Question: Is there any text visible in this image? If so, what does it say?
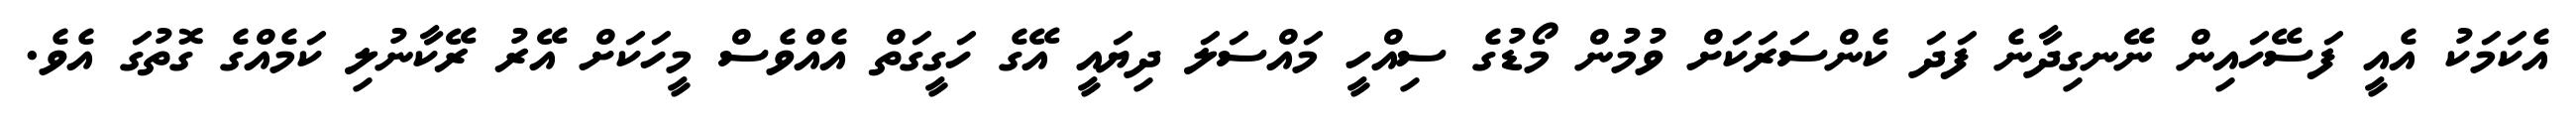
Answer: އެކަމަކު އެއީ ފަސޭހައިން ނޭނގިދާނެ ފަދަ ކެންސަރަކަށް ވުމުން މޯޑުގެ ސިއްހީ މައްސަލަ ދިޔައީ އޭގެ ހަގީގަތް އެއްވެސް މީހަކަށް އޭރު ރޭކާނުލި ކަމެއްގެ ގޮތުގަ އެވެ.